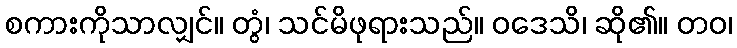
စကားကိုသာလျှင်။ တွံ၊ သင်မိဖုရားသည်။ ဝဒေသိ၊ ဆို၏။ တဝ၊